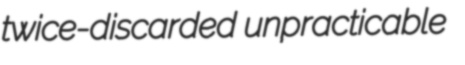
twice-discarded unpracticable